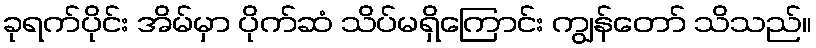
ခုရက်ပိုင်း အိမ်မှာ ပိုက်ဆံ သိပ်မရှိကြောင်း ကျွန်တော် သိသည်။